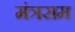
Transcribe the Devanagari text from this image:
मंत्रसम